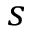
s